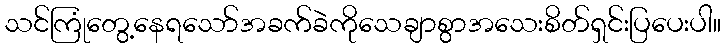
သင်ကြုံတွေ့နေရသော်အခက်ခဲကိုသေချာစွာအသေးစိတ်ရှင်းပြပေးပါ။